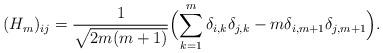
LaTeX: \begin{align*}(H_m)_{ij}={1\over{\sqrt{2m(m+1)}}}\Bigl(\sum_{k=1}^m\delta_{i, k}\delta_{j, k}-m\delta_{i,m+1}\delta_{j, m+1}\Bigr).\end{align*}